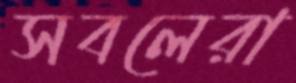
সবলেরা